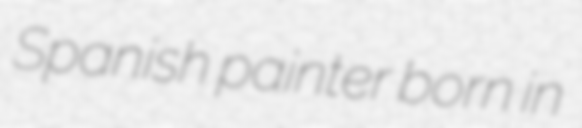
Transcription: Spanish painter born in